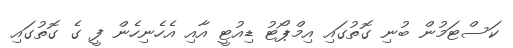
ކަސްޓަމުން ބުނި ގޮތުގައި އިމްޕޯޓު ޑިއުޓީ އާއި އެހެނިހެން ފީ ގެ ގޮތުގައި